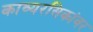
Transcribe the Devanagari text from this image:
काव्यरसिकांवर